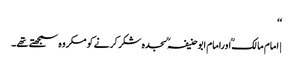
‘‘
| امام مالکؒ اورامام ابوحنیفہؒ سجدہ شکر کرنے کو مکروہ سمجھتے تھے۔